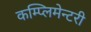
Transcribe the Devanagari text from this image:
कम्प्लिमेन्टरी